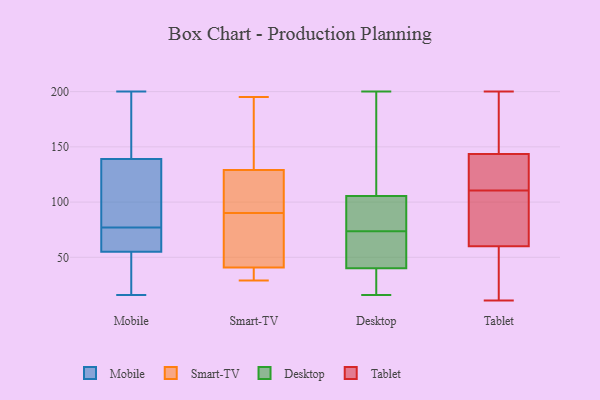
{"axis": {"x": "Churn Rate (%)", "y": "Value"}, "legend": ["Desktop", "Mobile", "Smart-TV", "Tablet"], "data": [{"x": "", "y": 61, "type": "Mobile"}, {"x": "", "y": 37, "type": "Mobile"}, {"x": "", "y": 146, "type": "Mobile"}, {"x": "", "y": 148, "type": "Mobile"}, {"x": "", "y": 52, "type": "Mobile"}, {"x": "", "y": 28, "type": "Mobile"}, {"x": "", "y": 102, "type": "Mobile"}, {"x": "", "y": 116, "type": "Mobile"}, {"x": "", "y": 72, "type": "Mobile"}, {"x": "", "y": 173, "type": "Mobile"}, {"x": "", "y": 200, "type": "Mobile"}, {"x": "", "y": 139, "type": "Mobile"}, {"x": "", "y": 82, "type": "Mobile"}, {"x": "", "y": 57, "type": "Mobile"}, {"x": "", "y": 55, "type": "Mobile"}, {"x": "", "y": 16, "type": "Mobile"}, {"x": "", "y": 138, "type": "Mobile"}, {"x": "", "y": 56, "type": "Mobile"}, {"x": "", "y": 90, "type": "Smart-TV"}, {"x": "", "y": 85, "type": "Smart-TV"}, {"x": "", "y": 34, "type": "Smart-TV"}, {"x": "", "y": 43, "type": "Smart-TV"}, {"x": "", "y": 67, "type": "Smart-TV"}, {"x": "", "y": 112, "type": "Smart-TV"}, {"x": "", "y": 189, "type": "Smart-TV"}, {"x": "", "y": 126, "type": "Smart-TV"}, {"x": "", "y": 29, "type": "Smart-TV"}, {"x": "", "y": 195, "type": "Smart-TV"}, {"x": "", "y": 31, "type": "Smart-TV"}, {"x": "", "y": 138, "type": "Smart-TV"}, {"x": "", "y": 102, "type": "Smart-TV"}, {"x": "", "y": 175, "type": "Desktop"}, {"x": "", "y": 58, "type": "Desktop"}, {"x": "", "y": 94, "type": "Desktop"}, {"x": "", "y": 36, "type": "Desktop"}, {"x": "", "y": 109, "type": "Desktop"}, {"x": "", "y": 200, "type": "Desktop"}, {"x": "", "y": 75, "type": "Desktop"}, {"x": "", "y": 90, "type": "Desktop"}, {"x": "", "y": 16, "type": "Desktop"}, {"x": "", "y": 47, "type": "Desktop"}, {"x": "", "y": 99, "type": "Desktop"}, {"x": "", "y": 28, "type": "Desktop"}, {"x": "", "y": 183, "type": "Desktop"}, {"x": "", "y": 39, "type": "Desktop"}, {"x": "", "y": 22, "type": "Desktop"}, {"x": "", "y": 70, "type": "Desktop"}, {"x": "", "y": 41, "type": "Desktop"}, {"x": "", "y": 102, "type": "Desktop"}, {"x": "", "y": 166, "type": "Desktop"}, {"x": "", "y": 72, "type": "Desktop"}, {"x": "", "y": 108, "type": "Tablet"}, {"x": "", "y": 200, "type": "Tablet"}, {"x": "", "y": 133, "type": "Tablet"}, {"x": "", "y": 141, "type": "Tablet"}, {"x": "", "y": 167, "type": "Tablet"}, {"x": "", "y": 80, "type": "Tablet"}, {"x": "", "y": 68, "type": "Tablet"}, {"x": "", "y": 11, "type": "Tablet"}, {"x": "", "y": 154, "type": "Tablet"}, {"x": "", "y": 52, "type": "Tablet"}, {"x": "", "y": 37, "type": "Tablet"}, {"x": "", "y": 113, "type": "Tablet"}, {"x": "", "y": 126, "type": "Tablet"}, {"x": "", "y": 146, "type": "Tablet"}, {"x": "", "y": 80, "type": "Tablet"}, {"x": "", "y": 48, "type": "Tablet"}]}